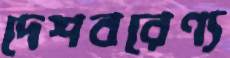
দেশবরেণ্য